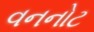
વનનોટ